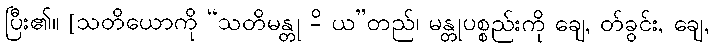
ပြီး၏။ [သတိယောကို “သတိမန္တု -ိ ယ”တည်၊ မန္တုပစ္စည်းကို ချေ, တ်ခွင်း, ချေ,